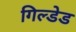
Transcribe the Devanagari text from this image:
गिल्डेड